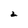
Character: 2